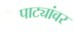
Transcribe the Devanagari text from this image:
पाट्यांवर